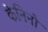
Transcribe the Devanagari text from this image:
केनिनो